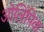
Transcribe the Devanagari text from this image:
ऒलिंपिक